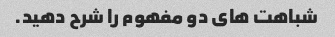
شباهت های دو مفهوم را شرح دهید.